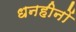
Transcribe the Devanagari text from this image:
धनहीनों